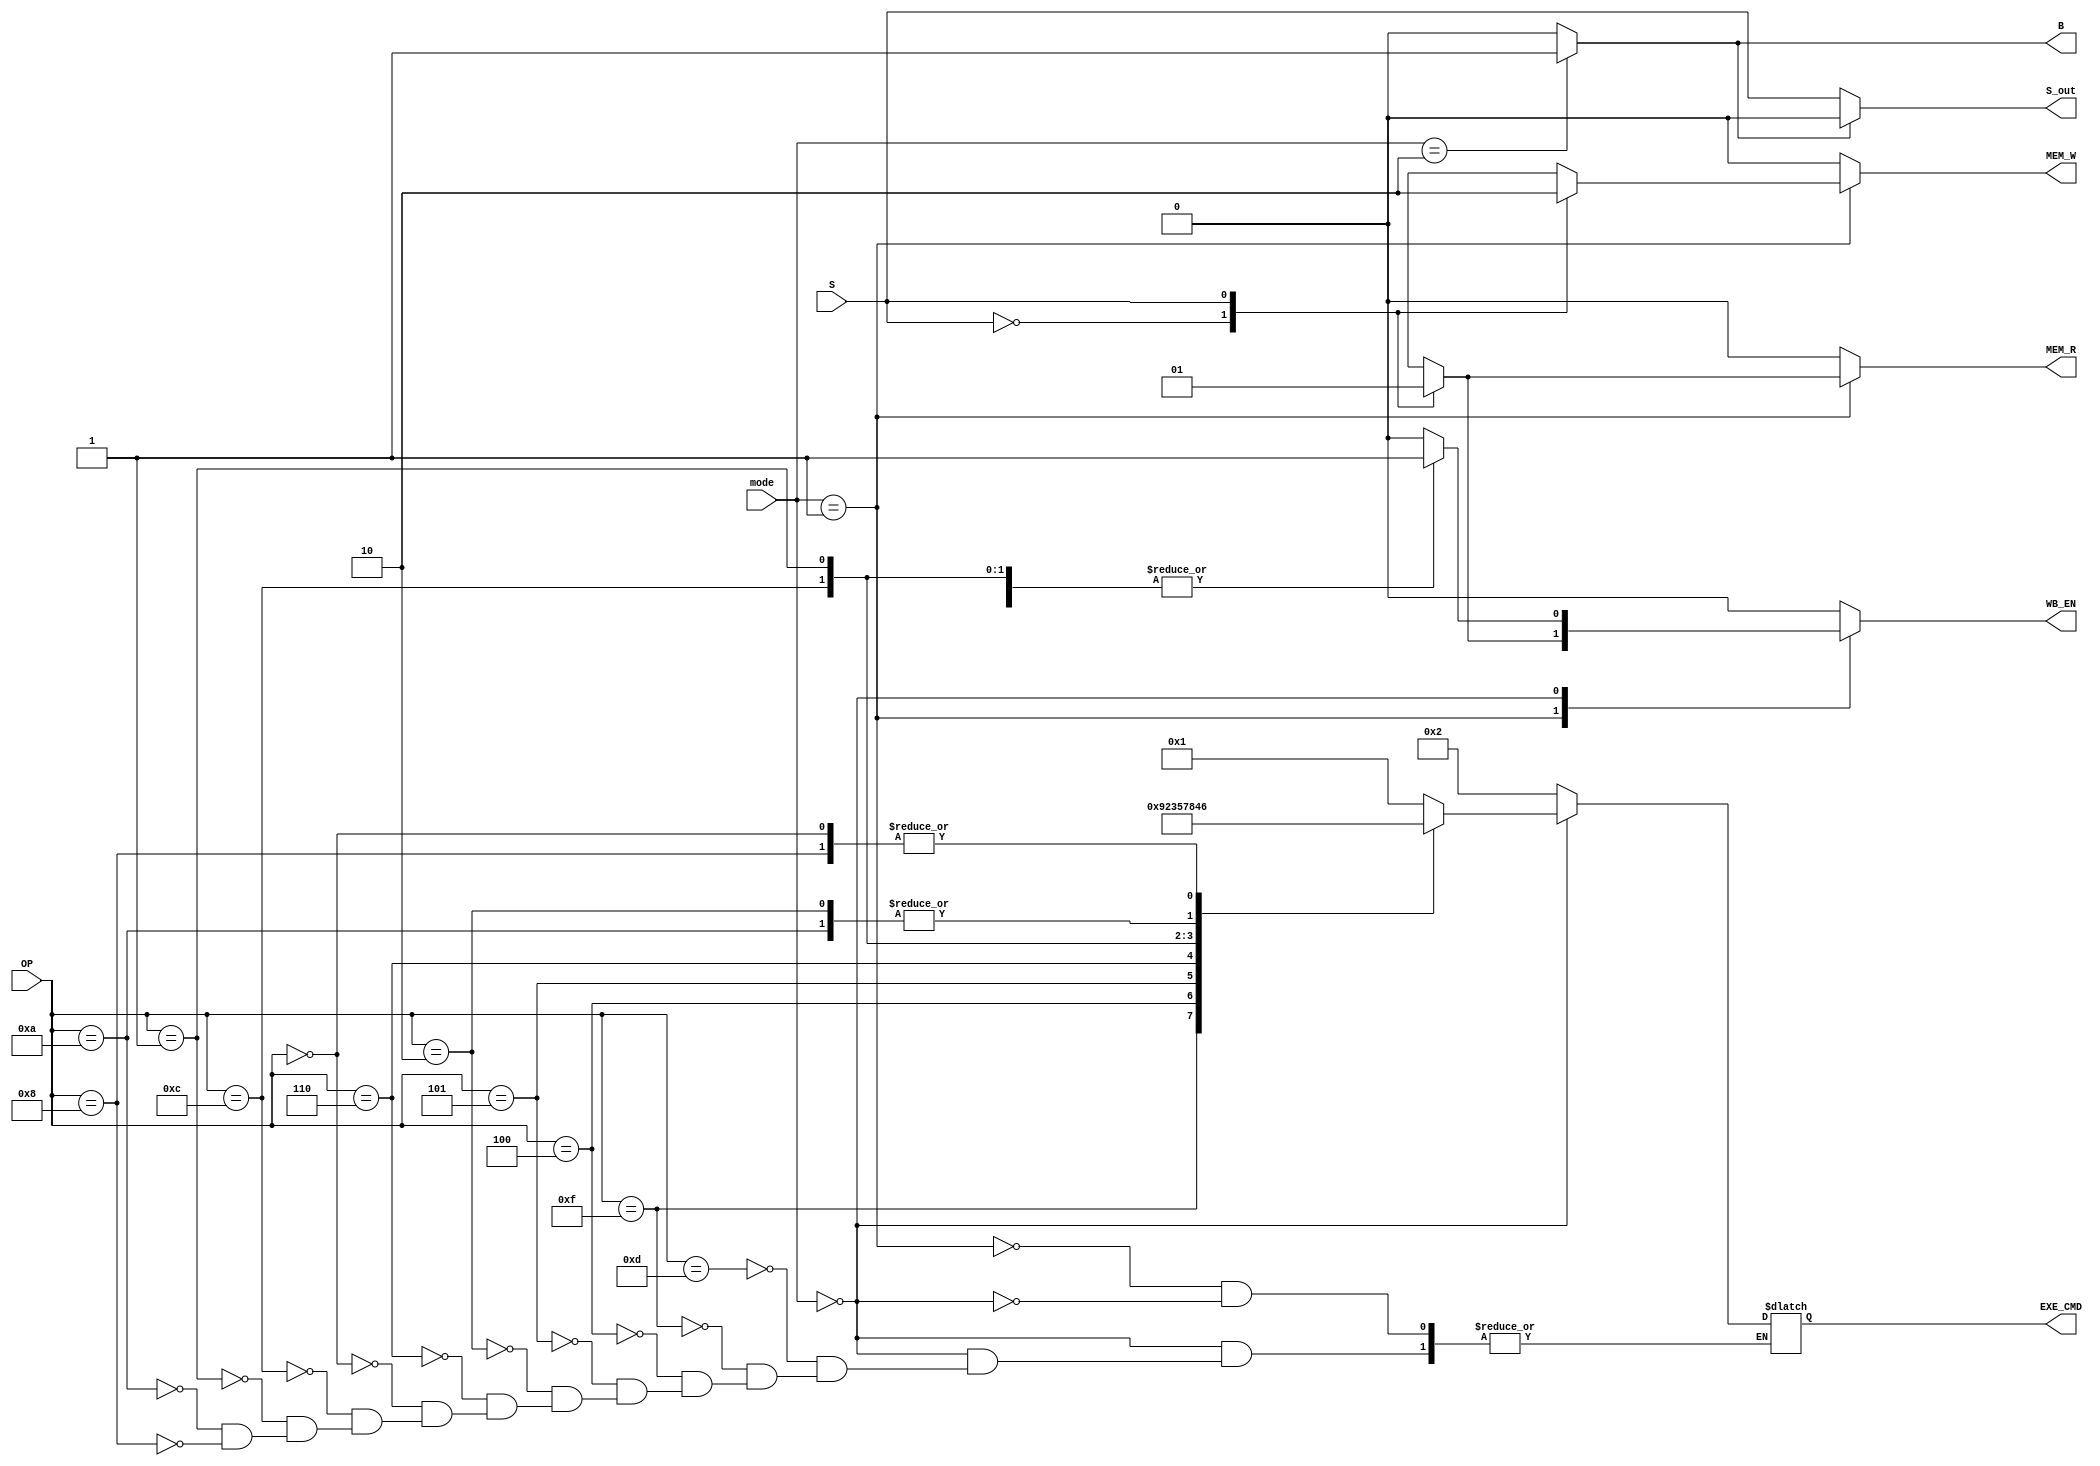

`define EXE_MOV 4'b0001
`define EXE_MVN 4'b1001
`define EXE_ADD 4'b0010
`define EXE_ADC 4'b0011
`define EXE_SUB 4'b0100
`define EXE_SBC 4'b0101
`define EXE_AND 4'b0110
`define EXE_ORR 4'b0111
`define EXE_EOR 4'b1000
`define EXE_CMP 4'b0100
`define EXE_TST 4'b0110
`define EXE_LDR 4'b0010
`define EXE_STR 4'b0010

`define OP_MOV 4'b1101
`define OP_MVN 4'b1111
`define OP_ADD 4'b0100
`define OP_ADC 4'b0101
`define OP_SUB 4'b0010
`define OP_SBC 4'b0110
`define OP_AND 4'b0000
`define OP_ORR 4'b1100
`define OP_EOR 4'b0001
`define OP_CMP 4'b1010
`define OP_TST 4'b1000
`define OP_LDR 4'b0100
`define OP_STR 4'b0100


module Control_Unit
(
    input            S,
    input      [1:0] mode,
    input      [3:0] OP,
    
    output           S_out,
    output reg       MEM_R,
    output reg       MEM_W,
    output reg       WB_EN,
    output reg       B,
    output reg [3:0] EXE_CMD
);

    always @(*) begin
        MEM_R = 0;
        MEM_W = 0;
        WB_EN = 0;
        B = 0;
        case (mode)
            2'b01: begin // memory mode
                case (S)
                    0: begin
                        EXE_CMD = `EXE_STR;
                        MEM_W = 1;
                    end

                    1: begin
                        EXE_CMD = `EXE_LDR;
                        MEM_R = 1;
                        WB_EN = 1;
                    end
                endcase
            end

            2'b00: begin // arithmetic mode
                case (OP)
                    `OP_MOV: begin
                        EXE_CMD = `EXE_MOV;
                        WB_EN = 1;
                    end

                    `OP_MVN: begin
                        EXE_CMD = `EXE_MVN;
                        WB_EN = 1;
                    end

                    `OP_ADD: begin
                        EXE_CMD = `EXE_ADD;
                        WB_EN = 1;
                    end

                    `OP_ADC: begin
                        EXE_CMD = `EXE_ADC;
                        WB_EN = 1;
                    end

                    `OP_SUB: begin
                        EXE_CMD = `EXE_SUB;
                        WB_EN = 1;
                    end

                    `OP_SBC: begin
                        EXE_CMD = `EXE_SBC;
                        WB_EN = 1;
                    end
                    `OP_AND: begin
                        EXE_CMD = `EXE_AND;
                        WB_EN = 1;
                    end

                    `OP_ORR: begin
                        EXE_CMD = `EXE_ORR;
                        WB_EN = 1;
                    end

                    `OP_EOR: begin
                        EXE_CMD = `EXE_EOR;
                        WB_EN = 1;
                    end

                    `OP_CMP: EXE_CMD = `EXE_CMP;
                    `OP_TST: EXE_CMD = `EXE_TST;
                endcase
            end

            2'b10: B = 1; // branch mode
        endcase
    end

    assign S_out = (B == 1) ? 0 : S;

endmodule